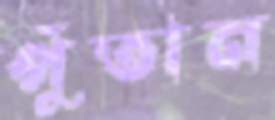
পুঁতান